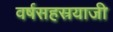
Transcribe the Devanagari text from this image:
वर्षसहस्रयाजी